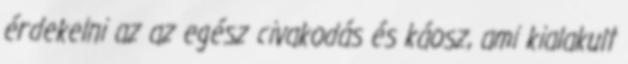
érdekelni az az egész civakodás és káosz, ami kialakult